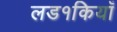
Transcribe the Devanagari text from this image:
लड१कियाँ